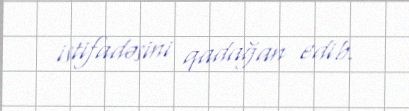
istifadəsini qadağan edib.